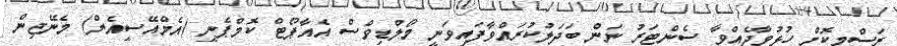
ރަސްމީކޮށް ހުޅުވާދެއްވާ ސެންޓަރު ނަން ބަދަލުކުރައްވާފައިވަނީ މޯލްޑިވްސް އެއާޕޯޓް ކޮމްޕެނީ (އެމްއޭސީއެލް) މެނޭޖިން